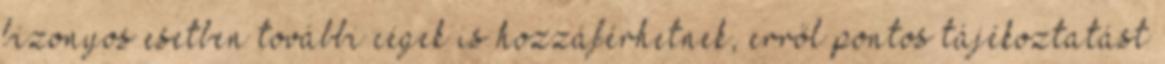
bizonyos esetben további cégek is hozzáférhetnek, erről pontos tájékoztatást